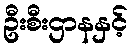
ဦးစီးဌာနနှင့်